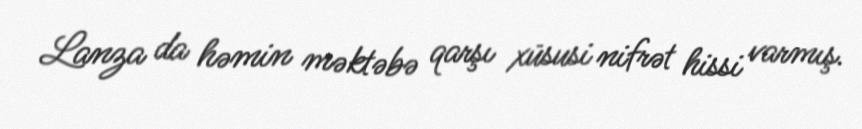
Lanza da həmin məktəbə qarşı xüsusi nifrət hissi varmış.